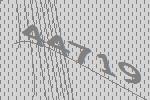
44719